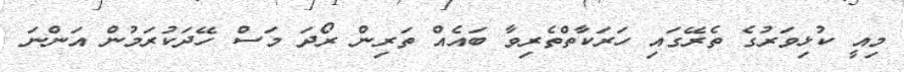
މިއީ ކުޅިވަރުގެ ތެރޭގައި ހަރަކާތްތެރިވާ ބައެއް ތަރިން ރޯދަ މަސް ހޭދަކުރަމުން އަންނަ